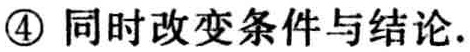
\textcircled{4} 同时改变条件与结论.